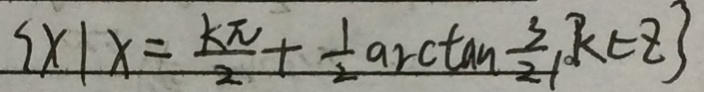
\{ x \vert x = \frac { k \pi } { 2 } + \frac { 1 } { 2 } \arctan \frac { 3 } { 2 } k \in z \}